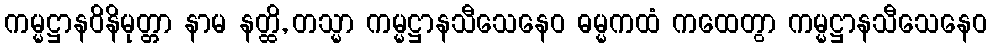
ကမ္မဋ္ဌာနဝိနိမုတ္တာ နာမ နတ္ထိ, တသ္မာ ကမ္မဋ္ဌာနသီသေနေဝ ဓမ္မကထံ ကထေတွာ ကမ္မဋ္ဌာနသီသေနေဝ